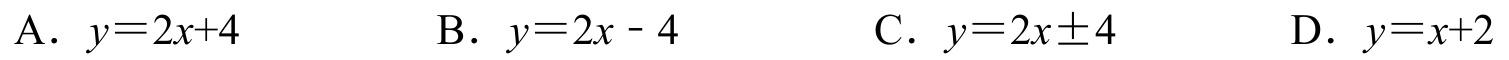
A. \(y = 2x + 4\)
B. \(y = 2x - 4\)
C. \(y = 2x\pm4\)
D. \(y = x + 2\)